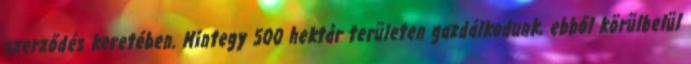
szerződés keretében. Mintegy 500 hektár területen gazdálkodunk, ebből körülbelül